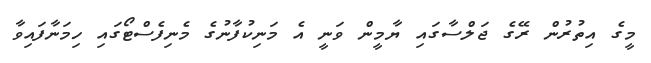
މީގެ އިތުރުން ރޭގެ ޖަލްސާގައި ޔާމީން ވަނީ އެ މަނިކުފާނުގެ މެނިފެސްޓޯގައި ހިމަނާފައިވާ